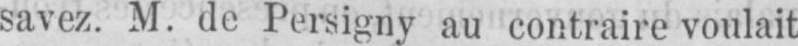
savez. M. de Persigny au contraire voulait